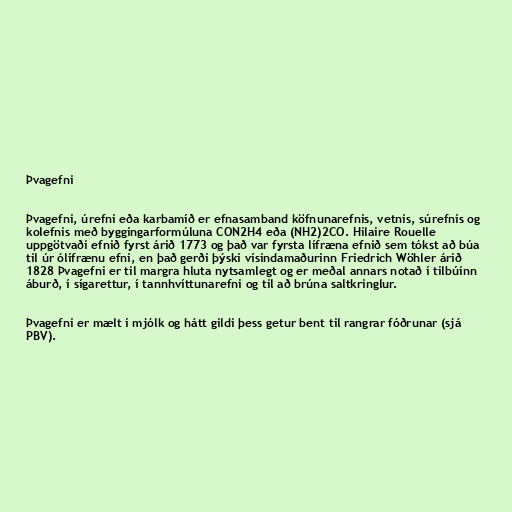
Þvagefni

Þvagefni, úrefni eða karbamíð er efnasamband köfnunarefnis, vetnis, súrefnis og
kolefnis með byggingarformúluna CON2H4 eða (NH2)2CO. Hilaire Rouelle
uppgötvaði efnið fyrst árið 1773 og það var fyrsta lífræna efnið sem tókst að búa
til úr ólífrænu efni, en það gerði þýski vísindamaðurinn Friedrich Wöhler árið
1828 Þvagefni er til margra hluta nytsamlegt og er meðal annars notað í tilbúinn
áburð, í sígarettur, í tannhvíttunarefni og til að brúna saltkringlur.

Þvagefni er mælt í mjólk og hátt gildi þess getur bent til rangrar fóðrunar (sjá
PBV).